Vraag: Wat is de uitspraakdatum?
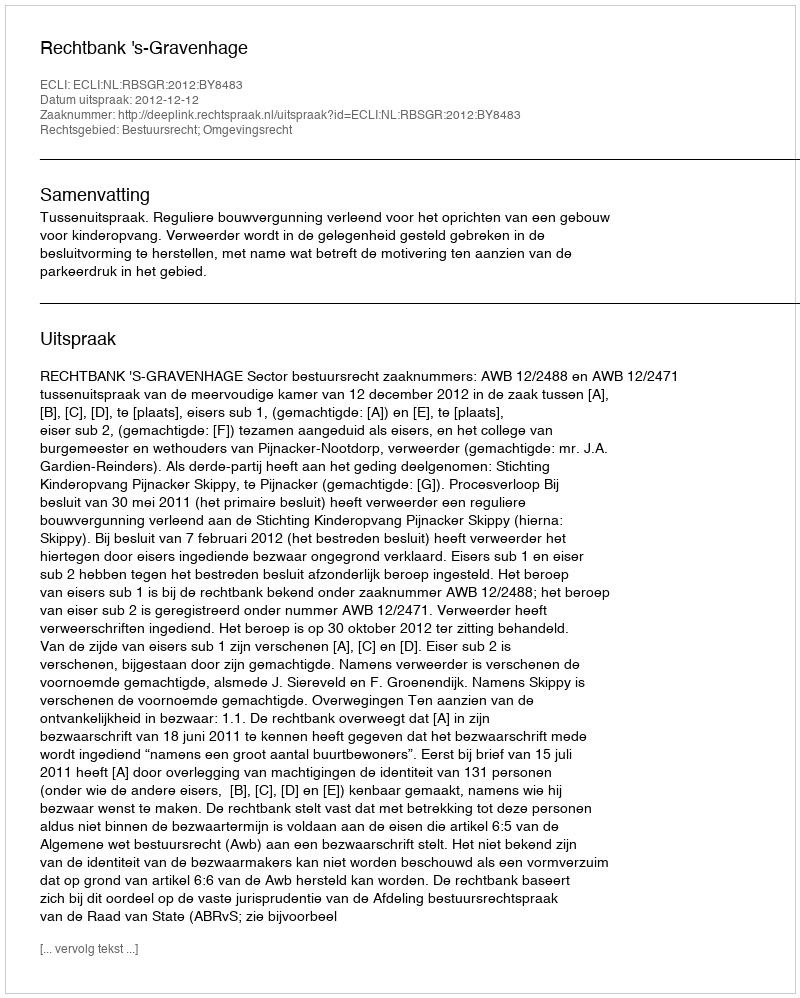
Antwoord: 2012-12-12